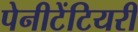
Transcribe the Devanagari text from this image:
पेनीटेंटियरी